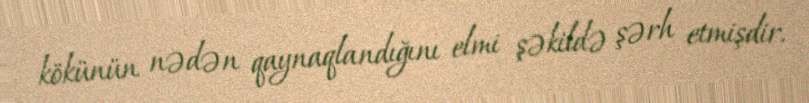
kökünün nədən qaynaqlandığını elmi şəkildə şərh etmişdir.